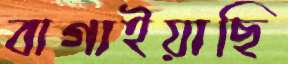
বাগাইয়াছি